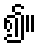
၍။